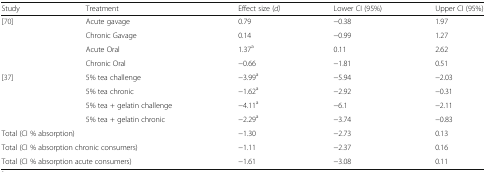
<table><thead><tr><td><b>Study</b></td><td><b>Treatment</b></td><td><b>Effect size (<i>d)</i></b></td><td><b>Lower CI (95%)</b></td><td><b>Upper CI (95%)</b></td></tr></thead><tbody><tr><td rowspan="4">[70]</td><td>Acute gavage</td><td>0.79</td><td>−0.38</td><td>1.97</td></tr><tr><td>Chronic Gavage</td><td>0.14</td><td>−0.99</td><td>1.27</td></tr><tr><td>Acute Oral</td><td>1.37<sup>a</sup></td><td>0.11</td><td>2.62</td></tr><tr><td>Chronic Oral</td><td>−0.66</td><td>−1.81</td><td>0.51</td></tr><tr><td rowspan="4">[37]</td><td>5% tea challenge</td><td>−3.99<sup>a</sup></td><td>−5.94</td><td>−2.03</td></tr><tr><td>5% tea chronic</td><td>−1.62<sup>a</sup></td><td>−2.92</td><td>−0.31</td></tr><tr><td>5% tea + gelatin challenge</td><td>−4.11<sup>a</sup></td><td>−6.1</td><td>−2.11</td></tr><tr><td>5% tea + gelatin chronic</td><td>−2.29<sup>a</sup></td><td>−3.74</td><td>−0.83</td></tr><tr><td colspan="2">Total (CI % absorption)</td><td>−1.30</td><td>−2.73</td><td>0.13</td></tr><tr><td colspan="2">Total (CI % absorption chronic consumers)</td><td>−1.11</td><td>−2.37</td><td>0.16</td></tr><tr><td colspan="2">Total (CI % absorption acute consumers)</td><td>−1.61</td><td>−3.08</td><td>0.11</td></tr></tbody></table>